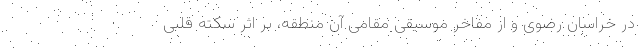
در خراسان رضوی و از مفاخر موسیقی مقامی آن منطقه، بر اثر سکته قلبی